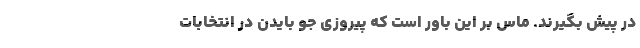
در پیش بگیرند. ماس بر این باور است که پیروزی جو بایدن در انتخابات